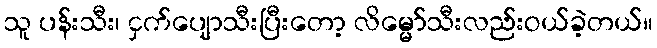
သူ ပန်းသီး၊ ငှက်ပျောသီးပြီးတော့ လိမ္မော်သီးလည်းဝယ်ခဲ့တယ်။